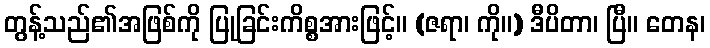
တွန့်သည်၏အဖြစ်ကို ပြုခြင်းကိစ္စအားဖြင့်။ (ဇရာ၊ ကို။) ဒီပိတာ၊ ပြီ။ တေန၊